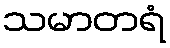
သမာတရံ